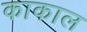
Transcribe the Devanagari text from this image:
काकाल